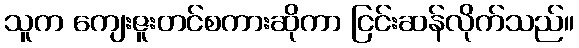
သူက ကျေးဇူးတင်စကားဆိုကာ ငြင်းဆန်လိုက်သည်။